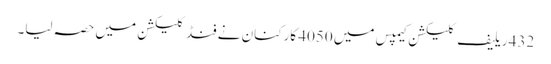
432 ریلیف کلیکشن کیمپس میں 4050 کارکنان نے فنڈ کلیکشن میں حصہ لیا۔